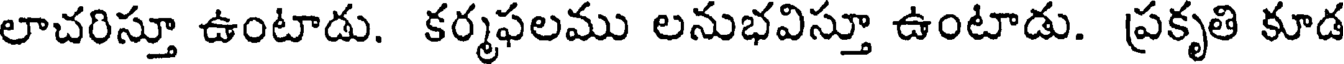
లాచరిస్తూ ఉంటాడు. కర్మఫలము లనుభవిస్తూ ఉంటాడు. ప్రకృతి కూడ